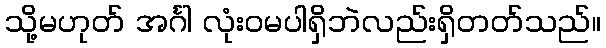
သို့မဟုတ် အင်္ဂါ လုံးဝမပါရှိဘဲလည်းရှိတတ်သည်။